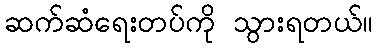
ဆက်ဆံရေးတပ်ကို သွားရတယ်။